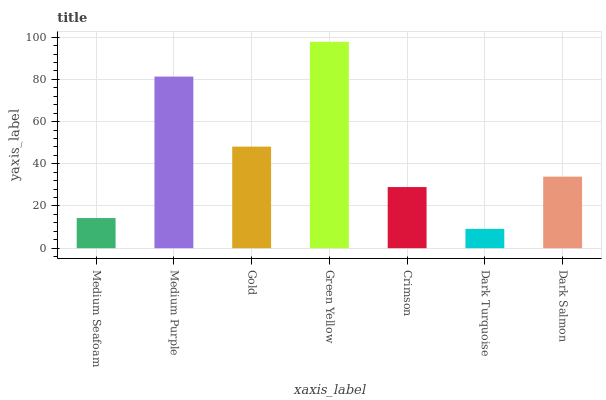
| xaxis_label | bars |
 | --- | --- |
 | Medium Seafoam | 14.3 |
 | Medium Purple | 81.3 |
 | Gold | 48.1 |
 | Green Yellow | 97.8 |
 | Crimson | 29 |
 | Dark Turquoise | 9.16 |
 | Dark Salmon | 33.9 |